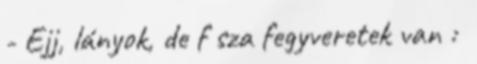
- Ejj, lányok, de f sza fegyveretek van :